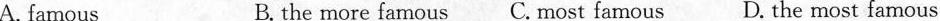
A. famous B. the more famous C. Most famous D.The most famous